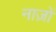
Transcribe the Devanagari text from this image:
नाज़ों